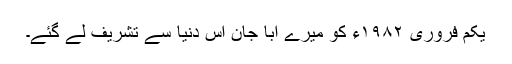
یکم فروری ۱۹۸۲ء کو میرے ابا جان اس دنیا سے تشریف لے گئے۔